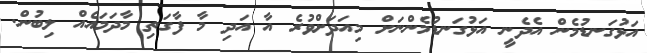
އަޅުގަނޑުމެން އެދެނީ އަޅުގަނޑުމެންނަށް މިއަދަށްވުރެ އާ އަދި މާ ފާގަތި މާދަމައެއް ލިބުން.